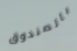
بالصندوق